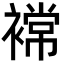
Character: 𮖫